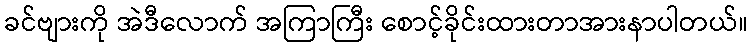
ခင်ဗျားကို အဲဒီလောက် အကြာကြီး စောင့်ခိုင်းထားတာအားနာပါတယ်။